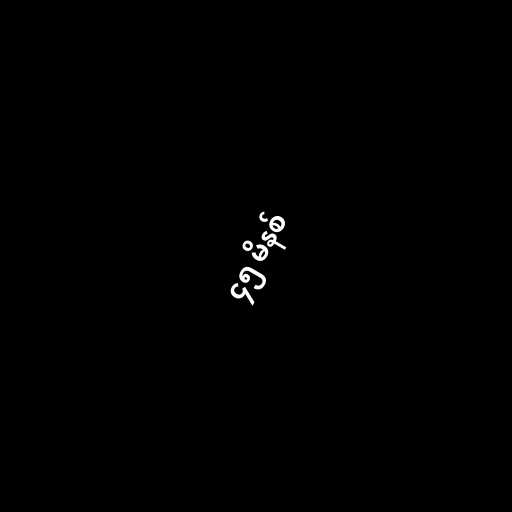
၄၅ မိနစ်